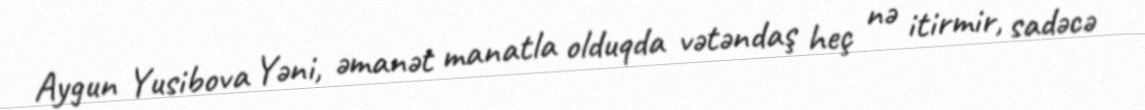
Aygun Yusibova Yəni, əmanət manatla olduqda vətəndaş heç nə itirmir, sadəcə